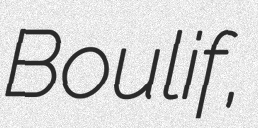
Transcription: Boulif,